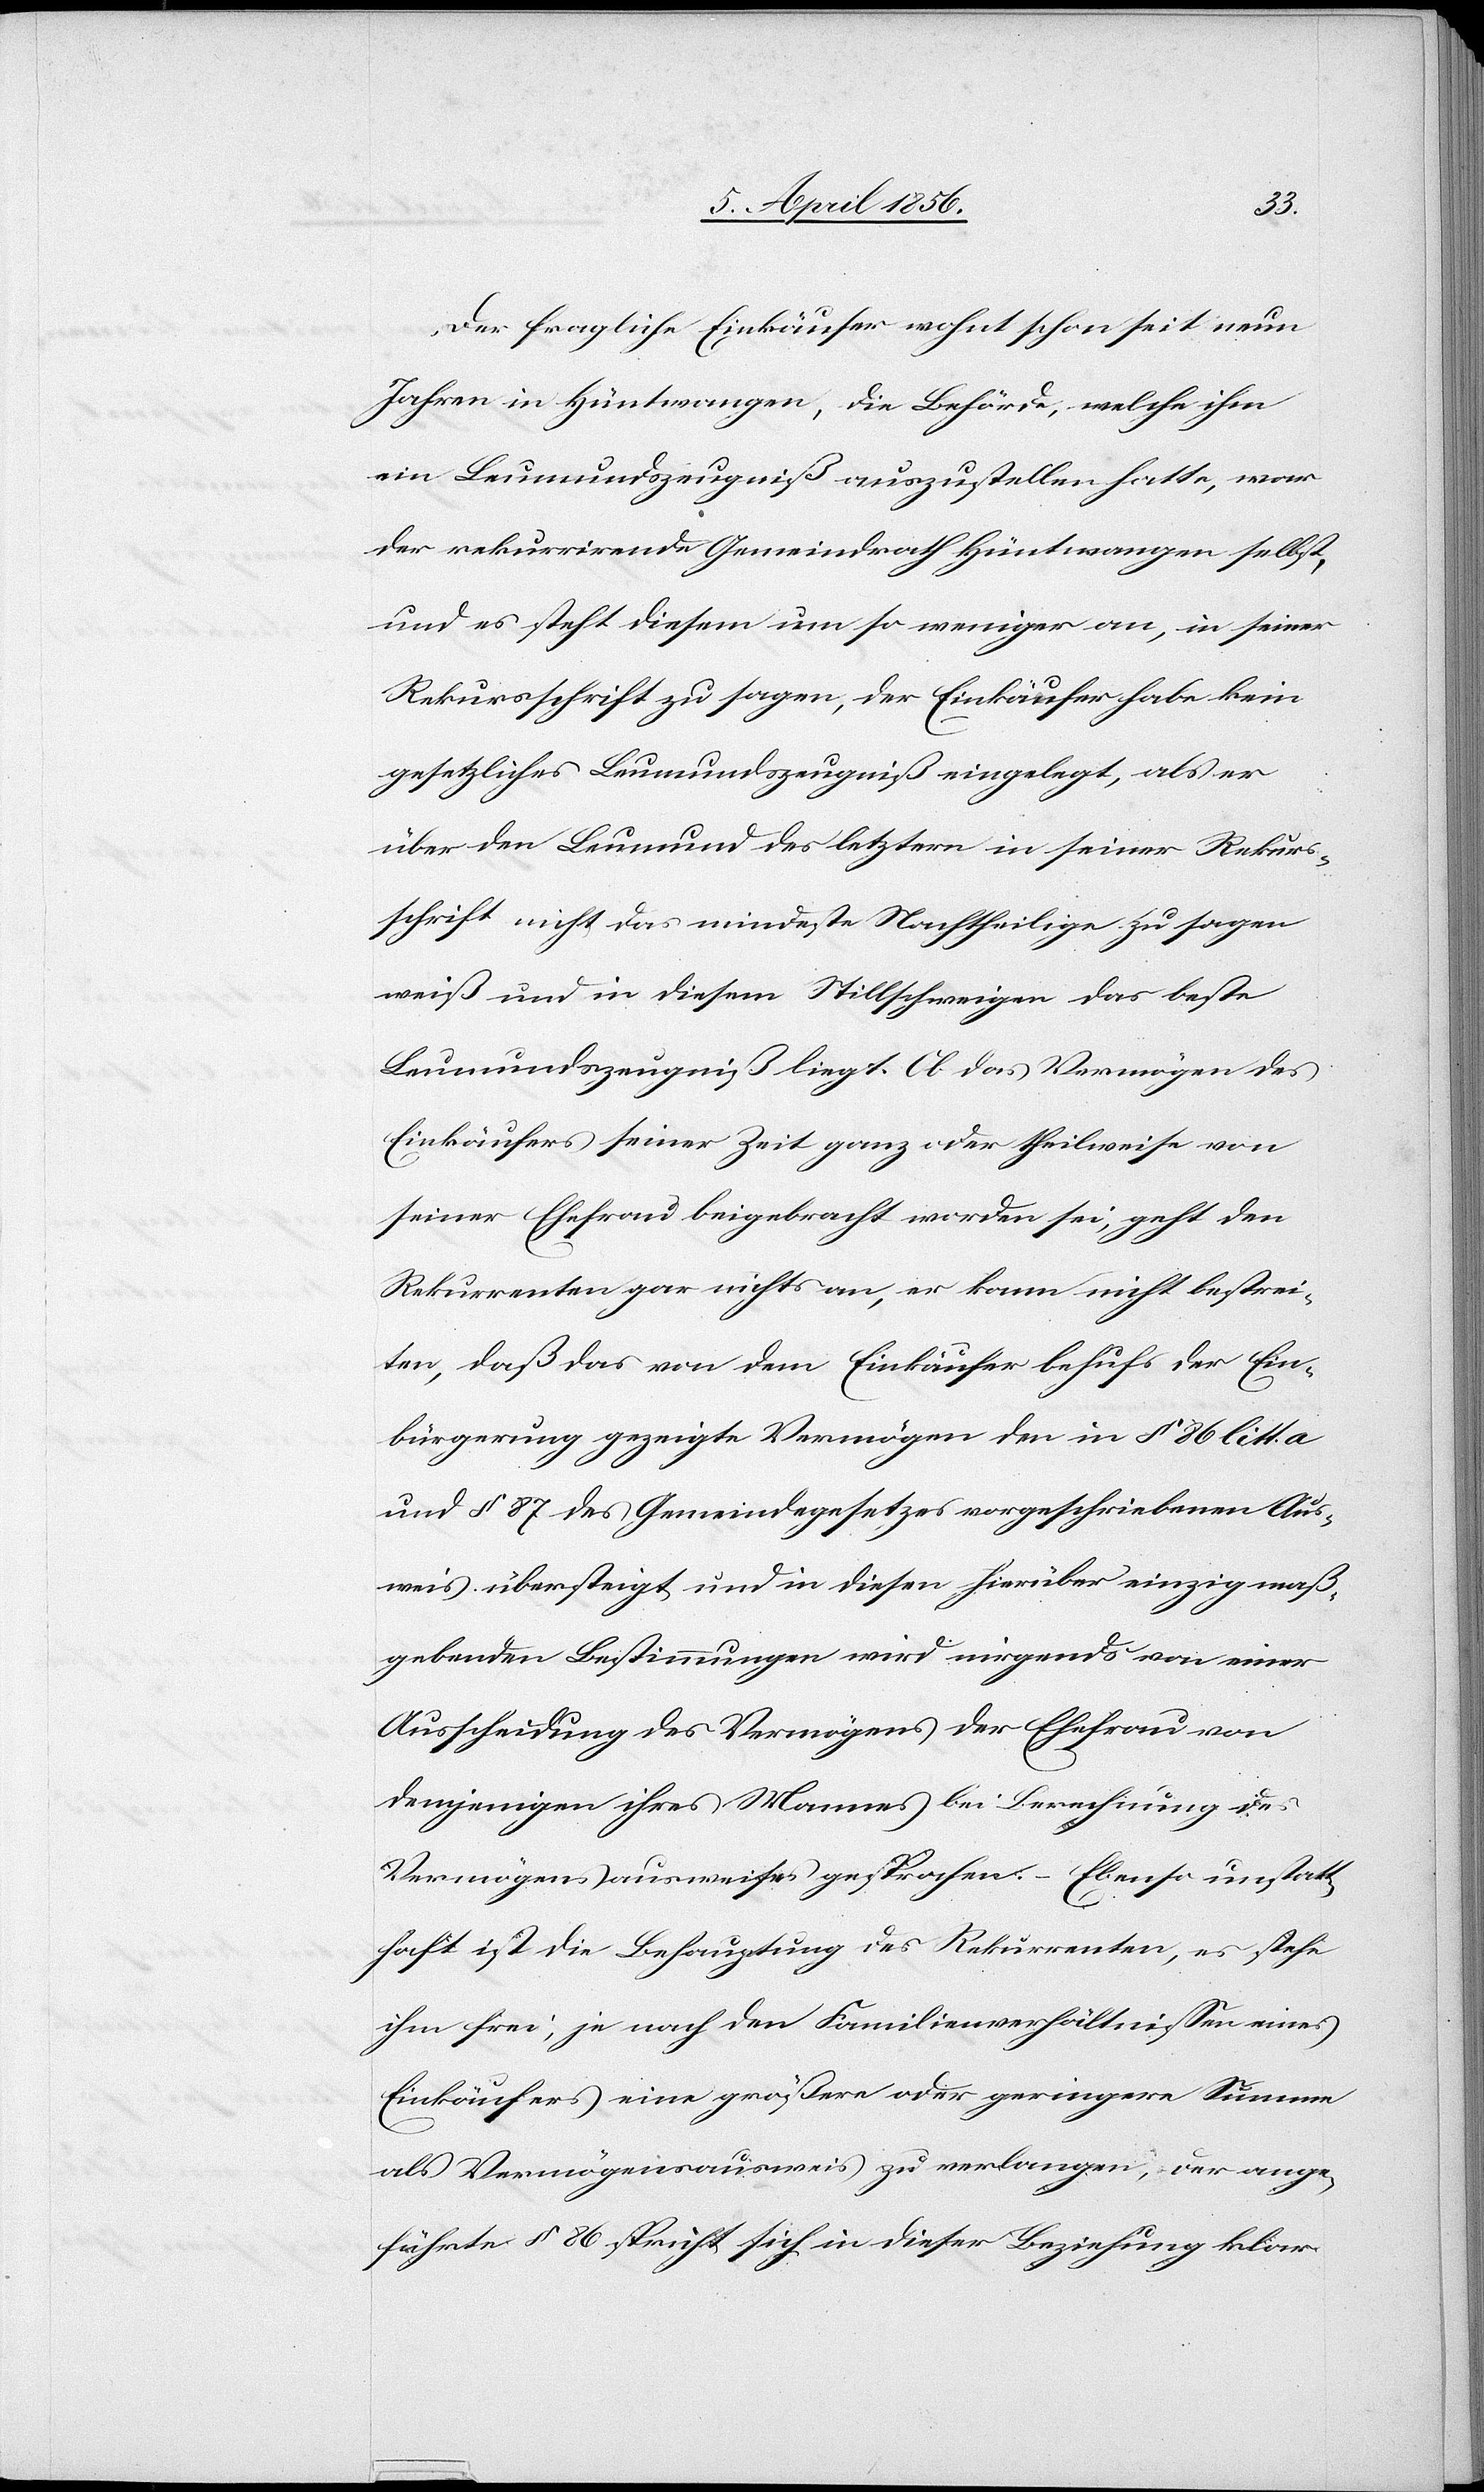
Der fragliche Einkäufer wohnt schon seit neun
Jahren in Hüntwangen, die Behörde, welche ihm
ein Leumundszeugniß auszustellen hatte, war
der rekurrirende Gemeindrath Hüntwangen selbst,
und es steht diesem um so weniger an, in seiner
Rekursschrift zu sagen, der Einkäufer habe kein
gesetzliches Leumundszeugniß eingelegt, als er
über den Leumund des letztern in seiner Rekurs¬
schrift nicht das mindeste Nachtheilige zu sagen
weiß und in diesem Stillschweigen das beste
Leumundszeugniß liegt. Ob das Vermögen des
Einkäufers seiner Zeit ganz oder theilweise von
seiner Ehefrau beigebracht worden sei, geht den
Rekurrenten gar nichts an, er kann nicht bestrei¬
ten, daß das von dem Einkäufer behufs der Ein¬
bürgerung gezeigte Vermögen den in § 86 litt. a
und § 87 des Gemeindegesetzes vorgeschriebenen Aus¬
weis übersteigt und in diesen hierüber einzig maß¬
gebenden Bestimmungen wird nirgends von einer
Ausscheidung des Vermögens der Ehefrau von
demjenigen ihres Mannes bei Berechnung des
Vermögensausweises gesprochen. – Ebenso unstatt¬
haft ist die Behauptung des Rekurrenten, es stehe
ihm frei, je nach den Familienverhältnissen eines
Einkäufers eine größere oder geringere Summe
als Vermögensausweis zu verlangen, der ange¬
führte § 86 spricht sich in dieser Beziehung klar